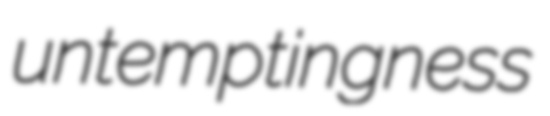
untemptingness